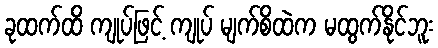
ခုထက်ထိ ကျုပ်ဖြင့် ကျုပ် မျက်စိထဲက မထွက်နိုင်ဘူး